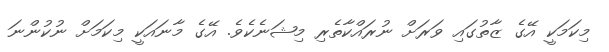
މިކަމަކީ އޭގެ ޒާތުގައި ވަރަށް ނުރައްކާތެރި މިޝަނެކެވެ. އޭގެ މާނައަކީ މިކަމަށް ނުކުންނަ